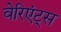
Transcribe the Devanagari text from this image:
वेरिएंट्स